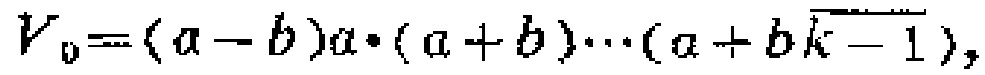
\(V_{0}=(a - b)a\cdot(a + b)\cdots(a + b\overline{k - 1}),\)